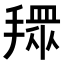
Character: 𢴞